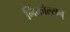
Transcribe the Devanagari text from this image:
निकोल्सन्‌